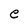
Character: e